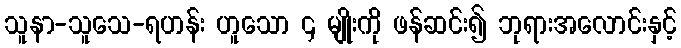
သူနာ-သူသေ-ရဟန်း ဟူသော ၄ မျိုးကို ဖန်ဆင်း၍ ဘုရားအလောင်းနှင့်